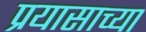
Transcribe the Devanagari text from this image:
प्रयासाच्या